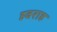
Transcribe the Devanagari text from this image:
हवराह